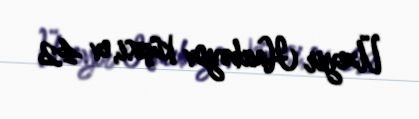
Üzeyir Hacıbəyov küçəsi, ev 42